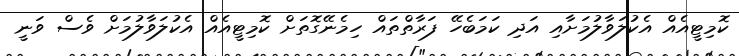
ކޮމިޓީއެއް އެކުލަވާލުމަށާއި އަދި ކަމަބެހޭ ފަރާތްތައް ހިމެނޭގޮތަށް ކޮމިޓީއެއް އެކުލަވާލުމަށް ވެސް ވަނީ